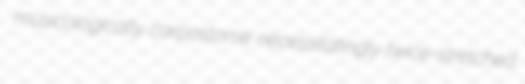
musicologically carpostome necessitatingly twice-stretched